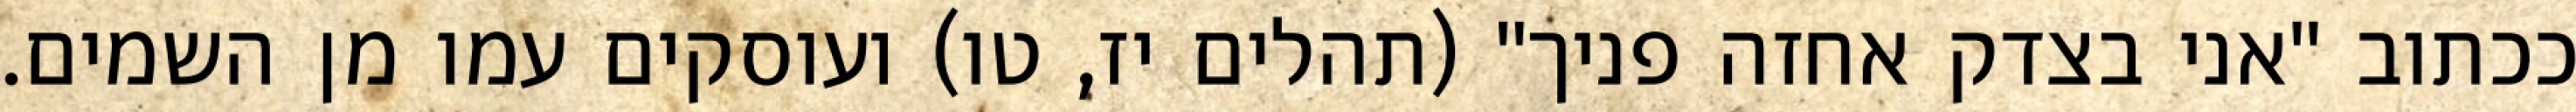
ככתוב "אני בצדק אחזה פניך" (תהלים יז, טו) ועוסקים עמו מן השמים.